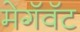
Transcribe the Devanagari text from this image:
मेगॅवॅट